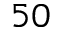
^ { 5 0 }